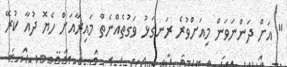
" އަށް ދަންނަވަން މިއަށްވުރެ ރަނގަޅު ވަގުތެއްނެތް މައިރާއަށް ހެޔޮ ދުއާ ކުރޭ